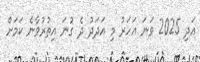
އަދި 2025 ވަނަ އަހަރު މި އަދަދު ދެ ގުނަ އިތުރުވާނެ ކަމަށް